Lunatic asylums United Prov. 1922-30 - 1922-1930
Year: 1922
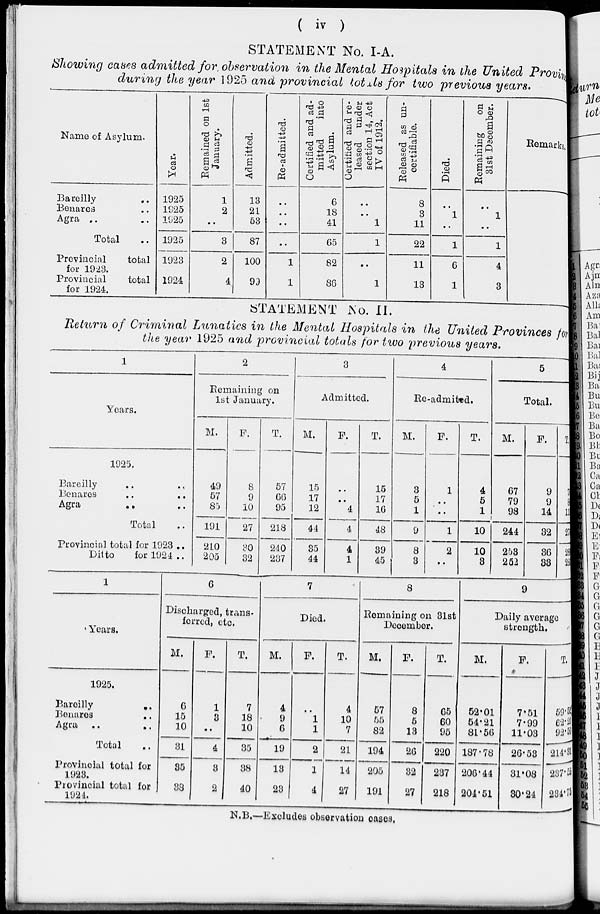
( iv )
STATEMENT No. I-A.
Showing cases admitted for, observation in the Mental Hospitals in the United Provin
during the year 1925 and provincial totals for two previous years.
Name of Asylum.
Bareilly ..
Benares ..
Agra .. ..
Total ..
Provincial
total
for 1923.
Provincial
total
for 1924.
Year.
1925
1925
1925
1925
1923
1924
Remained on 1st
January.
1
2
..
3
2
4
Admitted.
13
21
53
87
100
99
Re-admitted.
..
..
..
..
1
1
Certified and ad-
mitted
into
Asylum.
6
18
41
65
82
86
Certified
and re-
leased under
section 14, Act
IV of 1912.
..
..
1
1
..
1
Released as un-
certifiable.
8
3
11
22
11
13
Died.
..
1
..
1
6
1
Remaining
on
31st December.
..
1
..
1
4
3
Remarks.
STATEMENT No. II.
Return of Criminal Lunatics in the Mental Hospitals in the United Provinces for
the year 1925 and provincial totals for two previous years.
1
Years.
1925.
Bareilly .. ..
Banares
..
..
Agra
..
..
Total ..
Provincial total for 1923 ..
Ditto
for 1924..
2
Remaining on
1st January.
M.
49
57
85
191
210
205
F.
8
9
10
27
80
32
T.
57
66
95
218
240
237
3
Admitted.
M.
15
17
12
44
35
44
F.
..
..
4
4
4
1
T.
15
17
16
48
39
45
4
Ro-admited.
M.
3
5
1
9
8
3
F.
1
..
..
1
2
..
T.
4
5
1
10
10
3
5
Total.
M.
67
79
98
244
253
252
F.
9
9
14
32
36
33
T.
76
88
11
276
289
285
1
Years.
1925.
Bareilly
..
Benares
..
Agra
..
..
Total ..
Provincial total for
1923.
Provincial total for
1924.
6
Discharged, trans-
ferred, etc.
M.
6
15
10
31
35
38
F.
1
3
..
4
3
2
T.
7
18
10
35
38
40
7
Died.
M.
4
9
6
19
13
23
F.
..
1
1
2
1
4
T.
4
10
7
21
14
27
8
Remaining on 31st
December.
M.
57
55
82
194
205
191
F.
8
6
13
26
32
27
T.
65
60
95
220
237
218
9
Daily average
strength.
M.
52.01
54.21
81.56
187.78
206.44
204.51
F.
7.51
7.99
11.03
26.53
31.08
30.24
T.
59.52
62.20
92.59
214.31
237.53
234.75
N.B.—Excludes observation oases,